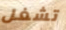
تشغل